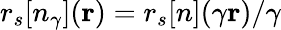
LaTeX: r_{s}[n_{\gamma}]({\mathbf r})=r_{s}[n](\gamma{\mathbf r})/\gamma